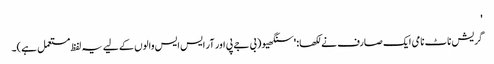
'
گریش ناٹ نامی ایک صارف نے لکھا: 'سنگھیو (بی جے پی اور آر ایس ایس والوں کے لیے یہ لفظ مستعمل ہے)۔